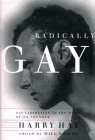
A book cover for Radically Gay: Gay Liberation in the Words of Its Founder; Harry Hay; Gay & Lesbian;